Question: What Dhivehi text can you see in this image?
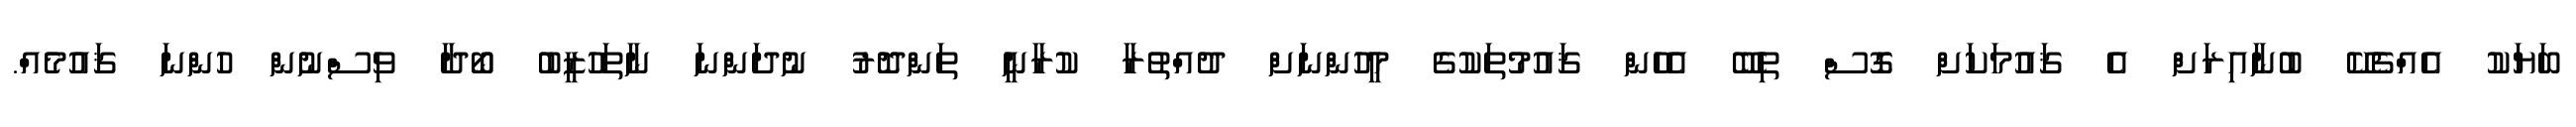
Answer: ބަޔަކު އެއްޗެކޭ ބުނާއިރަށް އެ ޤައުމަކަށް ގޮސް ތިބޭ އެހެން ޤައުމުތަކުގެ މީހުންނަށް ދުއްތުރާ ކުރާނީ ތަންދޮރު ނުދަންނަ ނާތަހުޒީބު ބޯދާ ވިސްނުން ހުންނަ ޤައުމެއް.